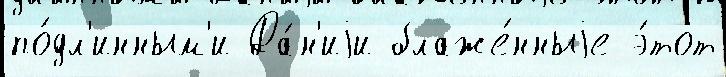
по́дл'инным'и Да́н'иjи блаже́нныjе э́тот